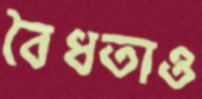
বৈধতাও